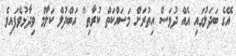
އޭގެ ބަދަލުގައި އެއް ދުވަސް އިތުރަށް މަސައްކަތް ކުރާތި" އަބްދުލް ކަލާމް ވިދާޅުވެފައިވެ